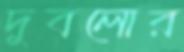
দুবলোর